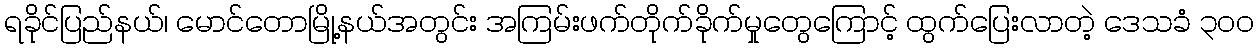
ရခိုင်ပြည်နယ်၊ မောင်တောမြို့နယ်အတွင်း အကြမ်းဖက်တိုက်ခိုက်မှုတွေကြောင့် ထွက်ပြေးလာတဲ့ ဒေသခံ ၃၀၀